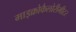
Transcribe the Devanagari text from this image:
माइक्रोकैलोरीमीटर